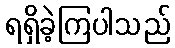
ရရှိခဲ့ကြပါသည်